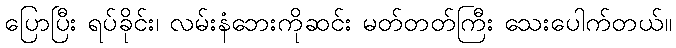
ပြောပြီး ရပ်ခိုင်း၊ လမ်းနံဘေးကိုဆင်း မတ်တတ်ကြီး သေးပေါက်တယ်။